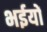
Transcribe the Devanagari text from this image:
भईयों